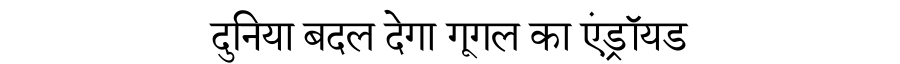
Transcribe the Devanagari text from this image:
दुनिया बदल देगा गूगल का एंड्रॉयड